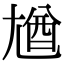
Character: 𡯾